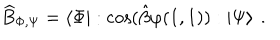
LaTeX: \widehat { B } _ { \Phi , \Psi } = \left\langle \Phi \right| : \cos ( \hat { \beta } \varphi ( 1 , 1 ) ) : \left| \Psi \right\rangle \: .